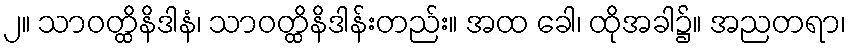
၂။ သာဝတ္ထိနိဒါနံ၊ သာဝတ္ထိနိဒါန်းတည်း။ အထ ခေါ၊ ထိုအခါ၌။ အညတရာ၊